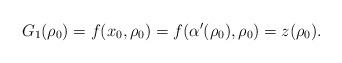
LaTeX: \begin{align*}G_1(\rho_0)=f(x_0,\rho_0)=f(\alpha'(\rho_0),\rho_0)=z(\rho_0).\end{align*}